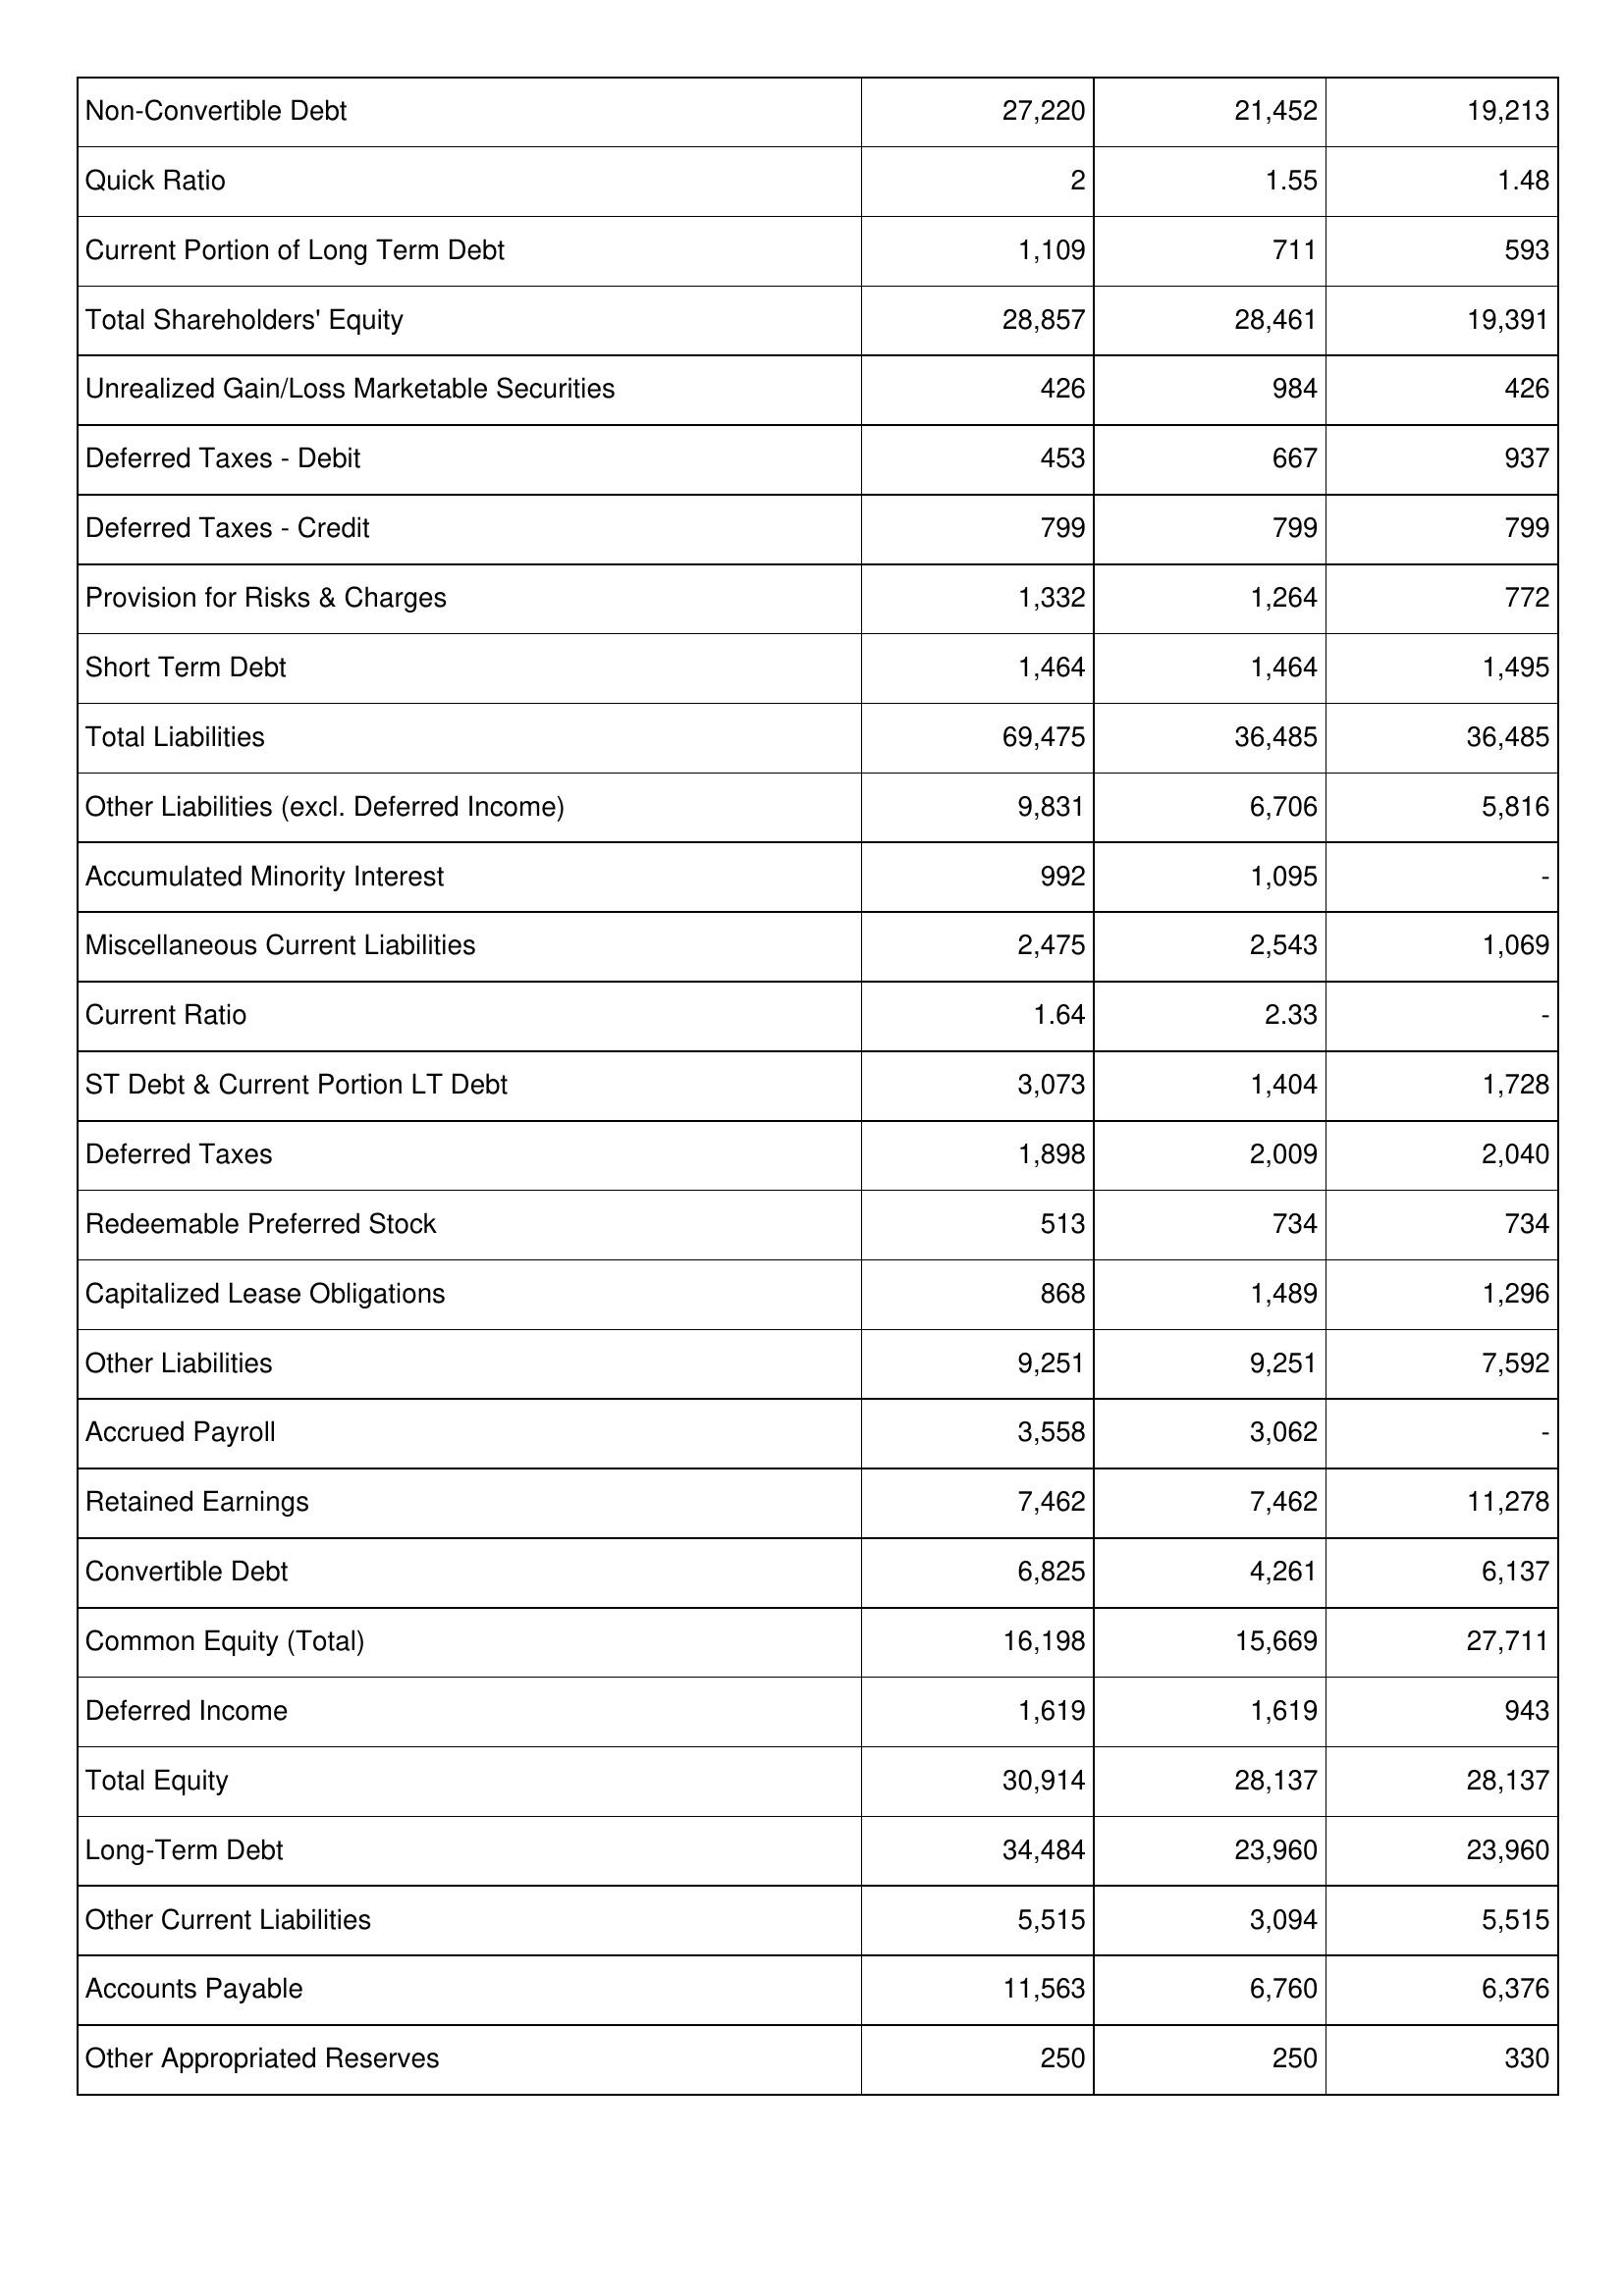
2019: Liabilities & Shareholders' Equity: Non-Convertible Debt: 27,220
Quick Ratio: 2
Current Portion of Long Term Debt: 1,109
Total Shareholders' Equity: 28,857
Unrealized Gain/Loss Marketable Securities: 426
Deferred Taxes - Debit: 453
Deferred Taxes - Credit: 799
Provision for Risks & Charges: 1,332
Short Term Debt: 1,464
Total Liabilities: 69,475
Other Liabilities (excl. Deferred Income): 9,831
Accumulated Minority Interest: 992
Miscellaneous Current Liabilities: 2,475
Current Ratio: 1.64
ST Debt & Current Portion LT Debt: 3,073
Deferred Taxes: 1,898
Redeemable Preferred Stock: 513
Capitalized Lease Obligations: 868
Other Liabilities: 9,251
Accrued Payroll: 3,558
Retained Earnings: 7,462
Convertible Debt: 6,825
Common Equity (Total): 16,198
Deferred Income: 1,619
Total Equity: 30,914
Long-Term Debt: 34,484
Other Current Liabilities: 5,515
Accounts Payable: 11,563
Other Appropriated Reserves: 250
2018: Liabilities & Shareholders' Equity: Non-Convertible Debt: 21,452
Quick Ratio: 1.55
Current Portion of Long Term Debt: 711
Total Shareholders' Equity: 28,461
Unrealized Gain/Loss Marketable Securities: 984
Deferred Taxes - Debit: 667
Deferred Taxes - Credit: 799
Provision for Risks & Charges: 1,264
Short Term Debt: 1,464
Total Liabilities: 36,485
Other Liabilities (excl. Deferred Income): 6,706
Accumulated Minority Interest: 1,095
Miscellaneous Current Liabilities: 2,543
Current Ratio: 2.33
ST Debt & Current Portion LT Debt: 1,404
Deferred Taxes: 2,009
Redeemable Preferred Stock: 734
Capitalized Lease Obligations: 1,489
Other Liabilities: 9,251
Accrued Payroll: 3,062
Retained Earnings: 7,462
Convertible Debt: 4,261
Common Equity (Total): 15,669
Deferred Income: 1,619
Total Equity: 28,137
Long-Term Debt: 23,960
Other Current Liabilities: 3,094
Accounts Payable: 6,760
Other Appropriated Reserves: 250
2017: Liabilities & Shareholders' Equity: Non-Convertible Debt: 19,213
Quick Ratio: 1.48
Current Portion of Long Term Debt: 593
Total Shareholders' Equity: 19,391
Unrealized Gain/Loss Marketable Securities: 426
Deferred Taxes - Debit: 937
Deferred Taxes - Credit: 799
Provision for Risks & Charges: 772
Short Term Debt: 1,495
Total Liabilities: 36,485
Other Liabilities (excl. Deferred Income): 5,816
Accumulated Minority Interest: -
Miscellaneous Current Liabilities: 1,069
Current Ratio: -
ST Debt & Current Portion LT Debt: 1,728
Deferred Taxes: 2,040
Redeemable Preferred Stock: 734
Capitalized Lease Obligations: 1,296
Other Liabilities: 7,592
Accrued Payroll: -
Retained Earnings: 11,278
Convertible Debt: 6,137
Common Equity (Total): 27,711
Deferred Income: 943
Total Equity: 28,137
Long-Term Debt: 23,960
Other Current Liabilities: 5,515
Accounts Payable: 6,376
Other Appropriated Reserves: 330